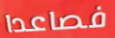
فصاعدا